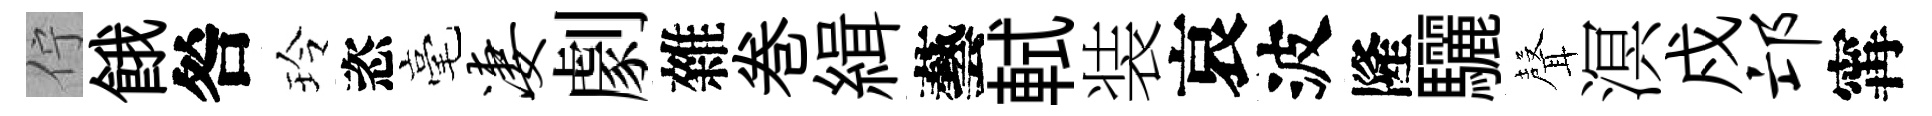
佇餓咎玲恣毫凄劇雜巻緝藝軾装哀波隆驪𮋻溟戍邙𡩋